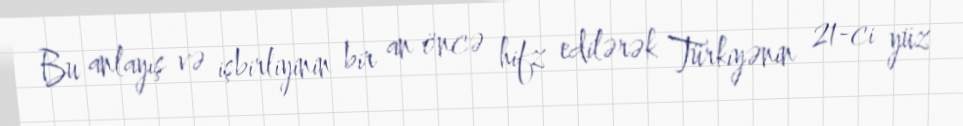
Bu anlayış və işbirliyinin bir an öncə hifz edilərək Türkiyənin 21-ci yüz